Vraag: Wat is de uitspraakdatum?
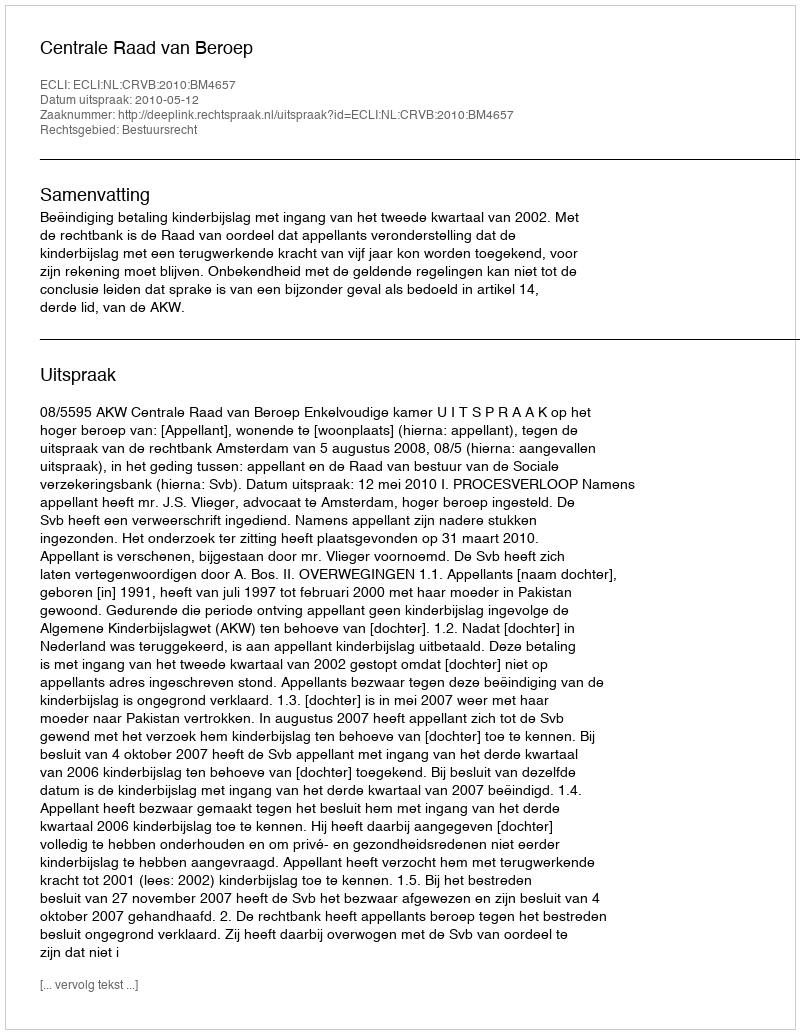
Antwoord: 2010-05-12